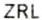
ZRL